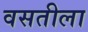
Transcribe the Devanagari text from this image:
वसतीला